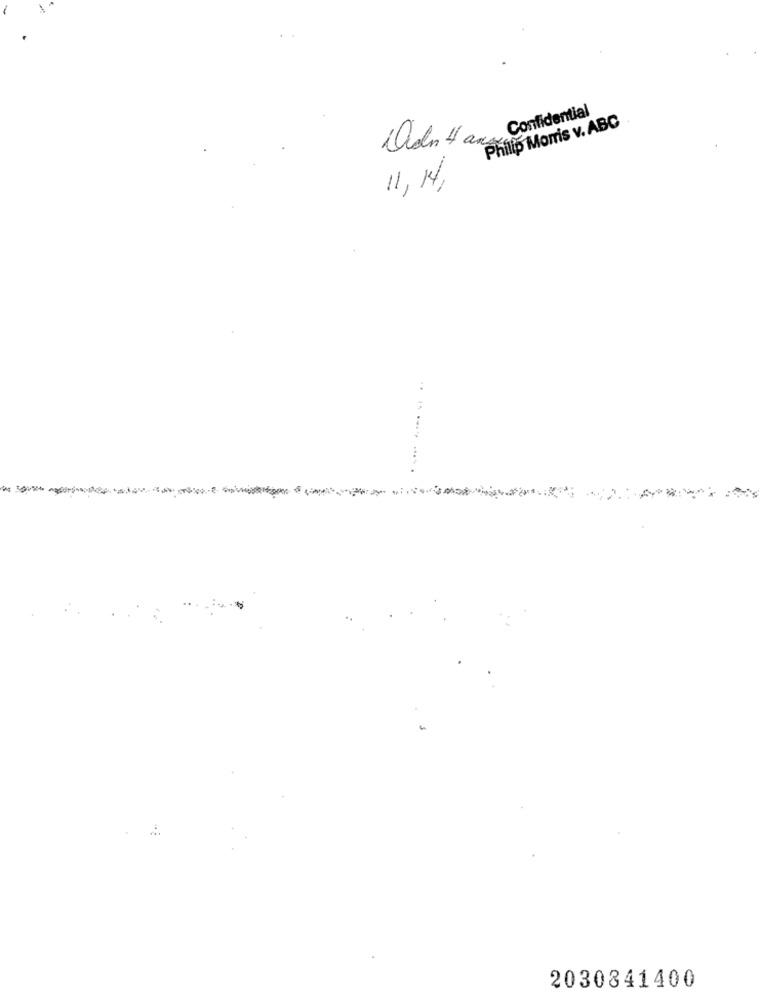
Confidential
Philip Morris v. ABC
Didn't ans
11,14,
.. .....
2030841400